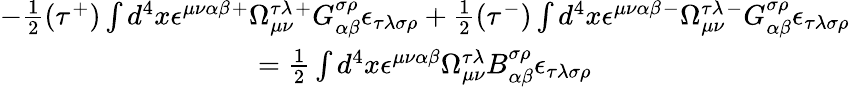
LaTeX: \begin{array}{c}{{-\frac 12(\tau^{+})\int d^{4}x\epsilon^{\mu\nu\alpha\beta}{}^{+}\Omega_{\mu\nu}^{\tau\lambda}{}^{+}G_{\alpha\beta}^{\sigma\rho}{}\epsilon_{\tau\lambda\sigma\rho}+\frac 12(\tau^{-})\int d^{4}x\epsilon^{\mu\nu\alpha\beta}{}^{-}\Omega_{\mu\nu}^{\tau\lambda}{}^{-}G_{\alpha\beta}^{\sigma\rho}{}\epsilon_{\tau\lambda\sigma\rho}}}\\ {{=\frac 12\int d^{4}x\epsilon^{\mu\nu\alpha\beta}{}\Omega_{\mu\nu}^{\tau\lambda}{}B_{\alpha\beta}^{\sigma\rho}{}\epsilon_{\tau\lambda\sigma\rho}}}\end{array}